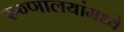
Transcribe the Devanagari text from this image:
रुग्णालयांमध्ये